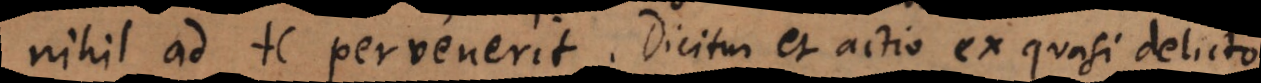
nihil ad te pervenerit. Dicitur et actio ex quasi delicto.